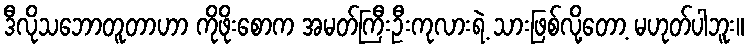
ဒီလိုသဘောတူတာဟာ ကိုဖိုးစောက အမတ်ကြီးဦးကုလားရဲ့ သားဖြစ်လို့တော့ မဟုတ်ပါဘူး။